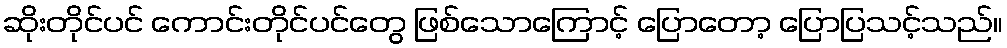
ဆိုးတိုင်ပင် ကောင်းတိုင်ပင်တွေ ဖြစ်သောကြောင့် ပြောတော့ ပြောပြသင့်သည်။